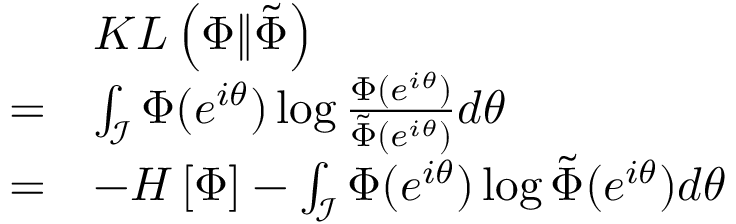
\begin{array} { r l } & { K L \left( \Phi \| \tilde { \Phi } \right) } \\ { = } & { \int _ { \mathcal { I } } \Phi ( e ^ { i \theta } ) \log \frac { \Phi ( e ^ { i \theta } ) } { \tilde { \Phi } ( e ^ { i \theta } ) } d \theta } \\ { = } & { - H \left[ \Phi \right] - \int _ { \mathcal { I } } \Phi ( e ^ { i \theta } ) \log \tilde { \Phi } ( e ^ { i \theta } ) d \theta } \end{array}